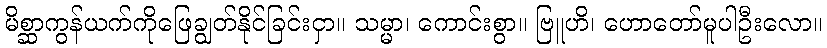
မိစ္ဆာကွန်ယက်ကိုဖြေချွတ်နိုင်ခြင်းငှာ။ သမ္မာ၊ ကောင်းစွာ။ ဗြူဟိ၊ ဟောတော်မူပါဦးလော။